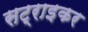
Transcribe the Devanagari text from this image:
सट्राइकर